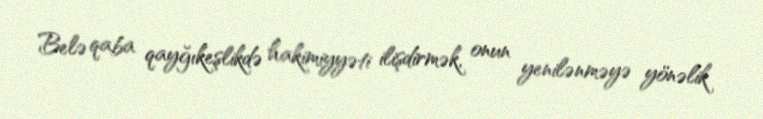
Belə qaba qayğıkeşlikdə hakimiyyəti ilişdirmək, onun yenilənməyə yönəlik